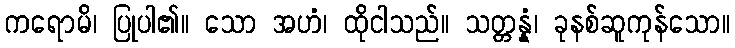
ကရောမိ၊ ပြုပါ၏။ သော အဟံ၊ ထိုငါသည်။ သတ္တန္နံ၊ ခုနစ်ဆူကုန်သော။